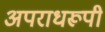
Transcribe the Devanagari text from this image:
अपराधरूपी